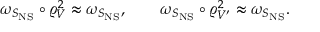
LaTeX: \omega _ { S _ { \mathrm { N S } } } \circ \varrho _ { V } ^ { 2 } \approx \omega _ { S _ { \mathrm { N S } } } , \qquad \omega _ { S _ { \mathrm { N S } } } \circ \varrho _ { V ^ { \prime } } ^ { 2 } \approx \omega _ { S _ { \mathrm { N S } } } .